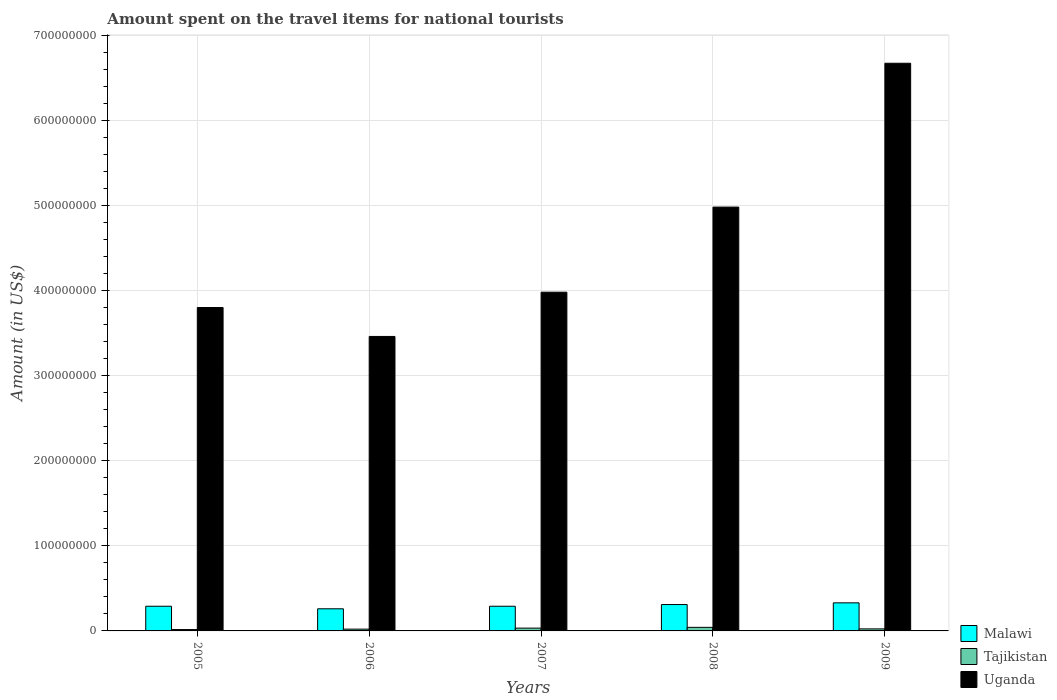
| Years | Malawi | Tajikistan | Uganda |
 | --- | --- | --- | --- |
 | 2005 | 2.9e+07 | 1.6e+06 | 3.8e+08 |
 | 2006 | 2.6e+07 | 2.1e+06 | 3.46e+08 |
 | 2007 | 2.9e+07 | 3.3e+06 | 3.98e+08 |
 | 2008 | 3.1e+07 | 4.2e+06 | 4.98e+08 |
 | 2009 | 3.3e+07 | 2.4e+06 | 6.67e+08 |